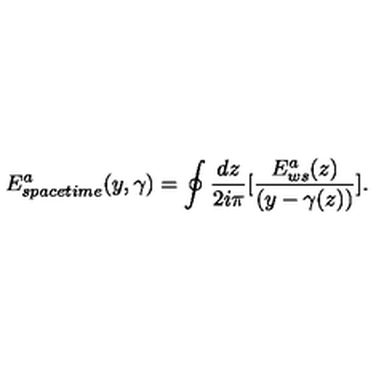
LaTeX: E _ { s p a c e t i m e } ^ { a } ( y , \gamma ) = \oint { \frac { d z } { 2 i \pi } } \lbrack { \frac { E _ { w s } ^ { a } ( z ) } { ( y - \gamma ( z ) ) } } \rbrack .